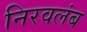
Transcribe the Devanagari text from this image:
निरवलंब